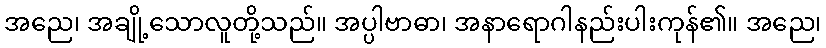
အညေ၊ အချို့သောလူတို့သည်။ အပ္ပါဗာဓာ၊ အနာရောဂါနည်းပါးကုန်၏။ အညေ၊